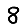
Digit: 8